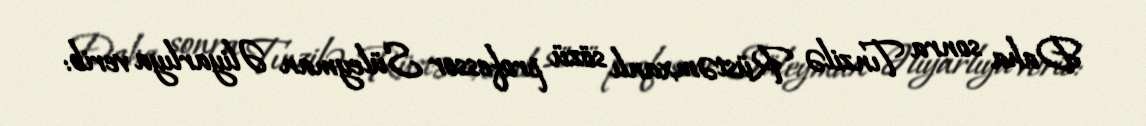
Daha sonra Tınzilə Rüstəmxanlı sözü professor Süleyman Əliyarlıya verib: